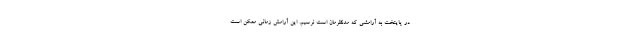
در پایتخت به آرامشی که مدنظرمان است نرسیم. این آرامش زمانی ممکن است